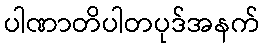
ပါဏာတိပါတပုဒ်အနက်